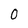
Character: 0